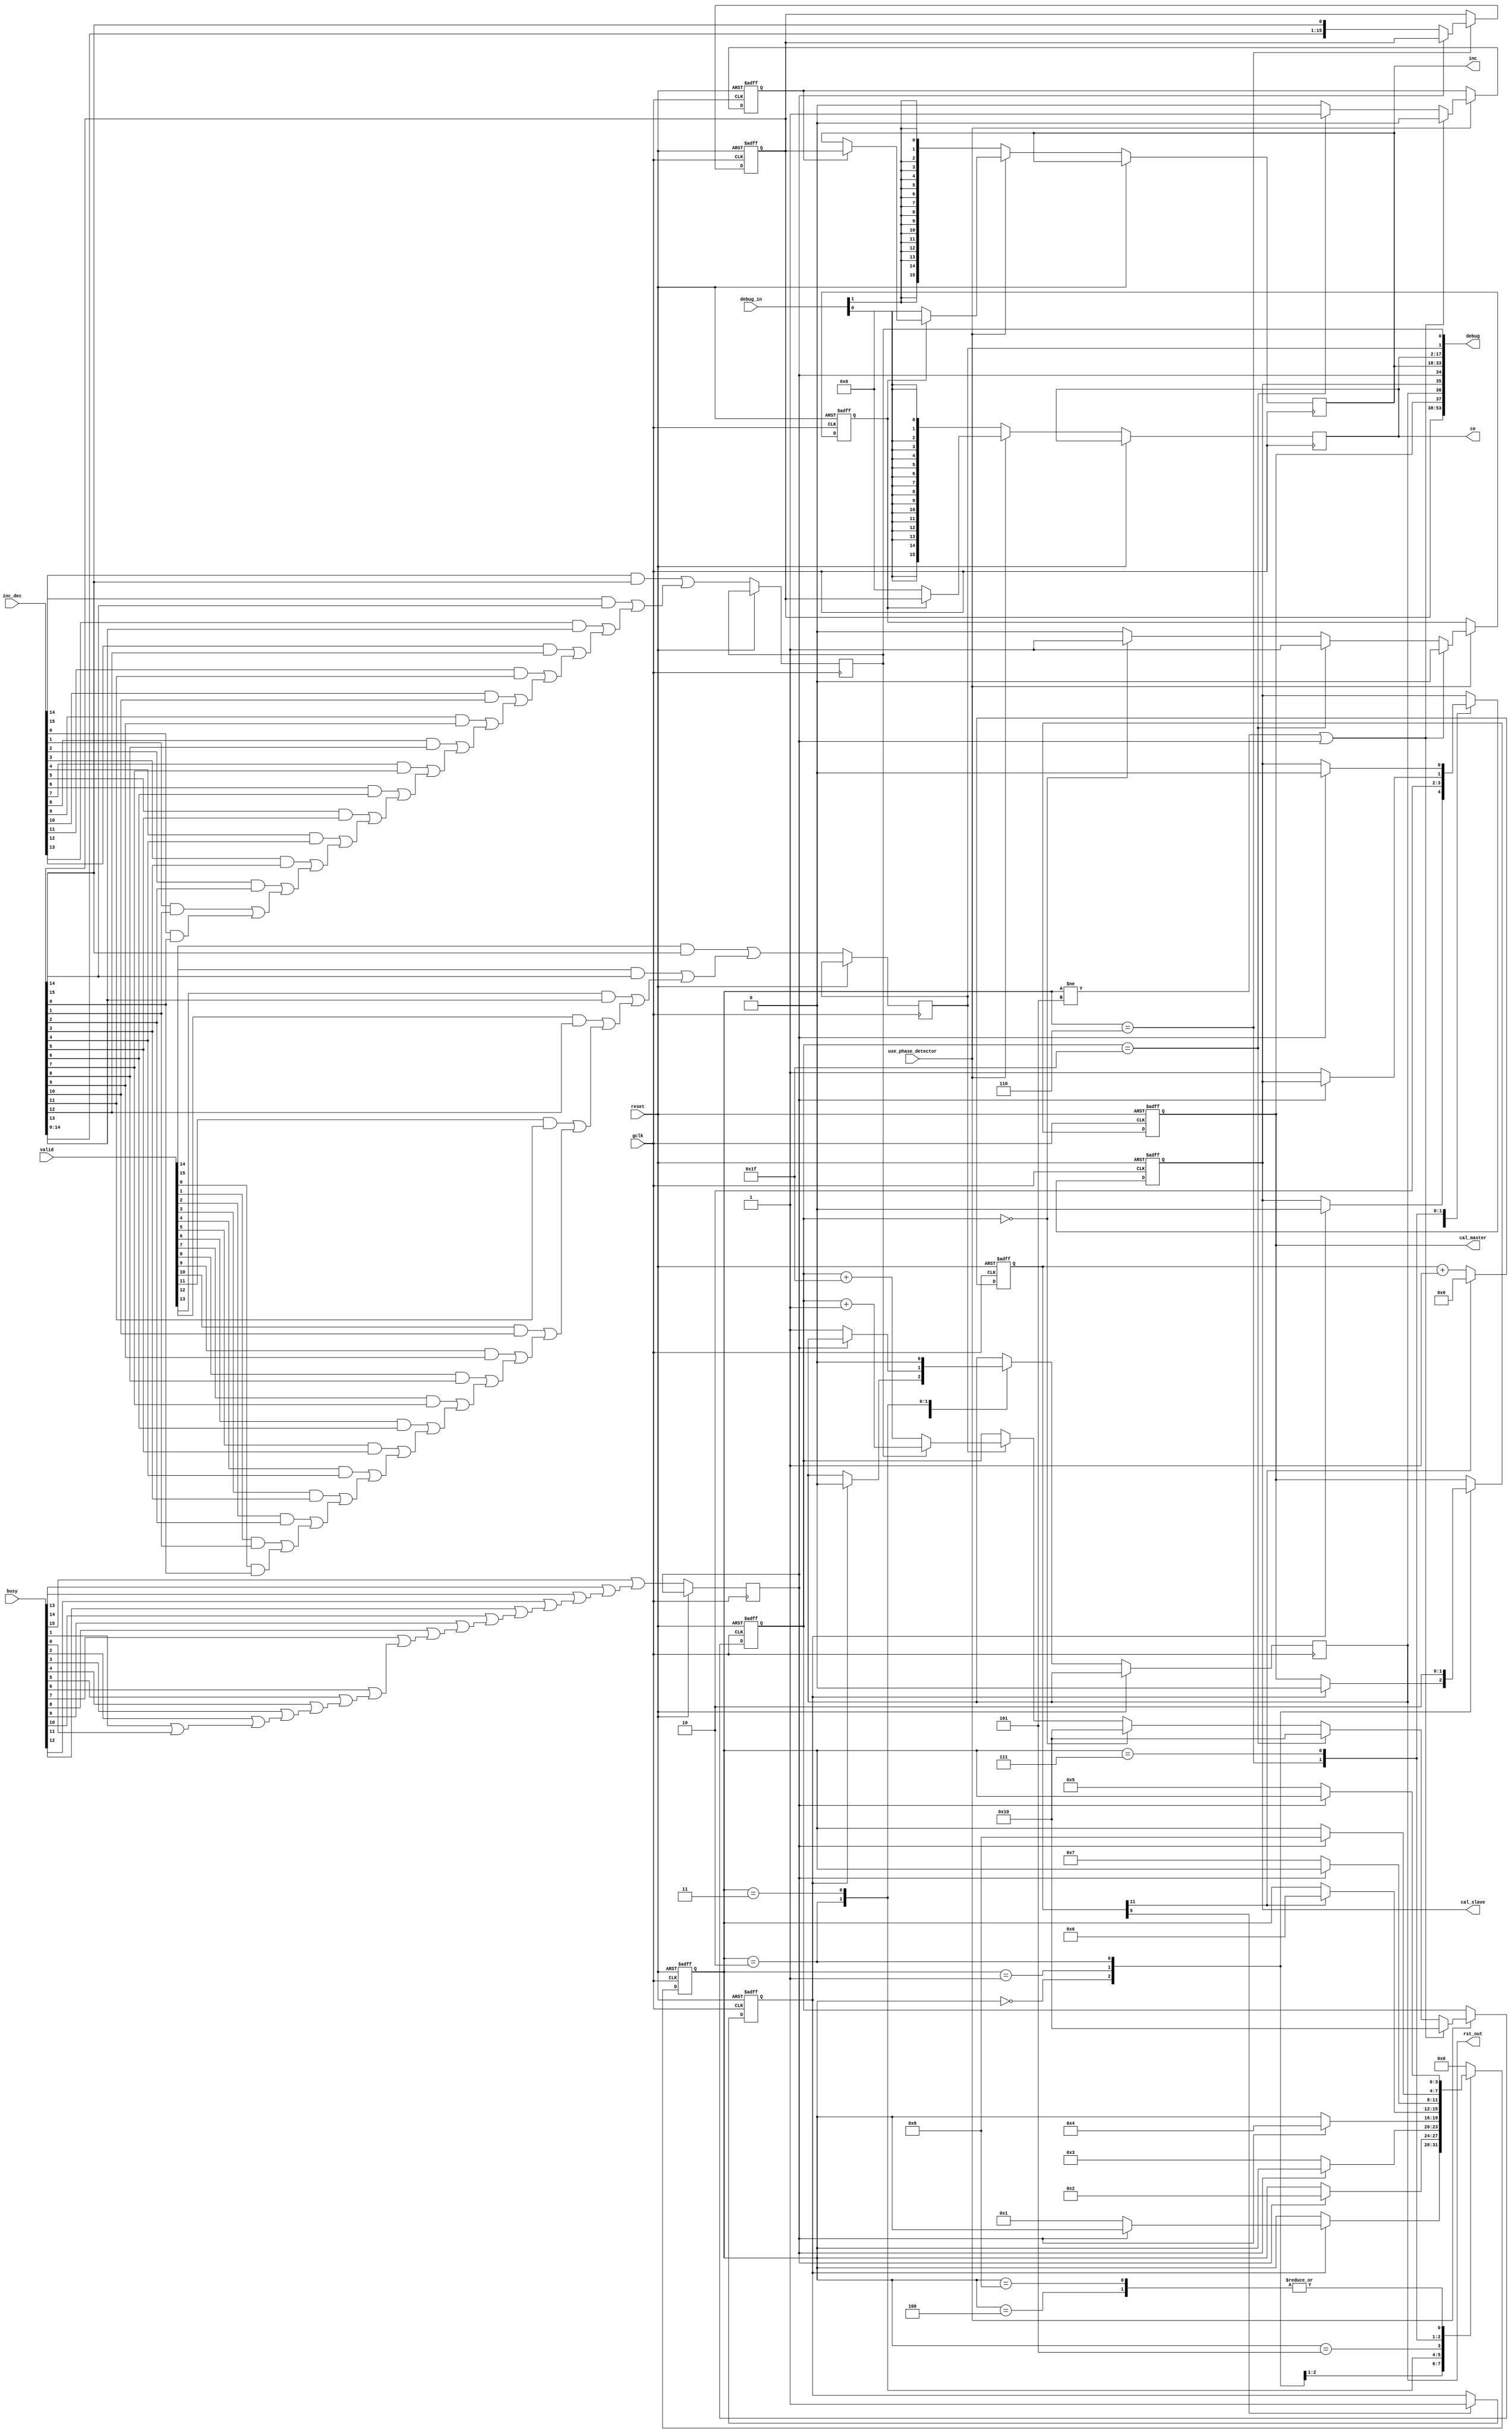
// (c) Copyright 2009 - 2011 Xilinx, Inc. All rights reserved.
// 
// This file contains confidential and proprietary information
// of Xilinx, Inc. and is protected under U.S. and
// international copyright and other intellectual property
// laws.
// 
// DISCLAIMER
// This disclaimer is not a license and does not grant any
// rights to the materials distributed herewith. Except as
// otherwise provided in a valid license issued to you by
// Xilinx, and to the maximum extent permitted by applicable
// law: (1) THESE MATERIALS ARE MADE AVAILABLE "AS IS" AND
// WITH ALL FAULTS, AND XILINX HEREBY DISCLAIMS ALL WARRANTIES
// AND CONDITIONS, EXPRESS, IMPLIED, OR STATUTORY, INCLUDING
// BUT NOT LIMITED TO WARRANTIES OF MERCHANTABILITY, NON-
// INFRINGEMENT, OR FITNESS FOR ANY PARTICULAR PURPOSE; and
// (2) Xilinx shall not be liable (whether in contract or tort,
// including negligence, or under any other theory of
// liability) for any loss or damage of any kind or nature
// related to, arising under or in connection with these
// materials, including for any direct, or any indirect,
// special, incidental, or consequential loss or damage
// (including loss of data, profits, goodwill, or any type of
// loss or damage suffered as a result of any action brought
// by a third party) even if such damage or loss was
// reasonably foreseeable or Xilinx had been advised of the
// possibility of the same.
// 
// CRITICAL APPLICATIONS
// Xilinx products are not designed or intended to be fail-
// safe, or for use in any application requiring fail-safe
// performance, such as life-support or safety devices or
// systems, Class III medical devices, nuclear facilities,
// applications related to the deployment of airbags, or any
// other applications that could lead to death, personal
// injury, or severe property or environmental damage
// (individually and collectively, "Critical
// Applications"). Customer assumes the sole risk and
// liability of any use of Xilinx products in Critical
// Applications, subject only to applicable laws and
// regulations governing limitations on product liability.
// 
// THIS COPYRIGHT NOTICE AND DISCLAIMER MUST BE RETAINED AS
// PART OF THIS FILE AT ALL TIMES.
//----------------------------------------------------------------------------
// User entered comments
//----------------------------------------------------------------------------
// None
//----------------------------------------------------------------------------

`timescale 1ps/1ps

module phase_detector (use_phase_detector, busy, valid, inc_dec, reset, gclk, debug_in, cal_master, cal_slave, rst_out, ce, inc, debug) ;


parameter integer D = 16 ;			// Set the number of inputs

input			use_phase_detector ;	// Set generation of phase detector logic
input	[D-1:0]		busy ;			// BUSY inputs from IODELAY2s
input	[D-1:0]		valid ;			// VALID inputs from ISERDES2s
input	[D-1:0]		inc_dec ;		// INC_DEC inputs from ISERDES2s
input			reset ;			// Reset line
input			gclk ;			// Global clock
input 	[1:0]		debug_in ;		// Debug Inputs, set to 2'b00 if not required
output			cal_master ;		// Output to cal pins on master IODELAY2s
output			cal_slave ;		// Output to cal pins on slave IODELAY2s
output			rst_out ;		// Output to rst pins on master & slave IODELAY2s
output	[D-1:0]		ce ;  			// Outputs to ce pins on IODELAY2s
output	[D-1:0]		inc ;  			// Outputs to inc pins on IODELAY2s
output 	[3*D+5:0] 	debug ;			// Debug bus, 3D+5 = 3 lines per input pin (from inc, mux and ce) + 6, leave nc if debug not required

reg	[3:0]		state ;
reg	[11:0]		counter ;
reg			cal_data_sint ;
reg 			busy_data_d ;
reg			enable ;
reg			cal_data_master ;
reg			rst_data ;
reg 			inc_data_int ;
reg 	[D-1:0]		ce_data ;
reg 			valid_data_d ;
reg 			incdec_data_d ;
reg	[4:0] 		pdcounter ;
reg 			flag ;
reg 	[D-1:0]		mux ;
reg			ce_data_inta ;
wire	[D:0]		incdec_data_or ;
wire	[D-1:0]		incdec_data_im ;
wire	[D:0]		valid_data_or ;
wire	[D-1:0]		valid_data_im ;
wire	[D:0]		busy_data_or ;
wire	[D-1:0]		all_ce ;
wire	[D-1:0]		all_inc ;
reg 	[D-1:0]		inc_data_int_d ;

genvar i ;

assign debug = {mux, cal_data_master, rst_data, cal_data_sint, busy_data_d, inc_data_int_d, ce_data, valid_data_d, incdec_data_d};
assign cal_slave = cal_data_sint ;
assign cal_master = cal_data_master ;
assign rst_out = rst_data ;
assign ce = ce_data ;
assign inc = inc_data_int_d ;

always @ (posedge gclk or posedge reset)
begin
if (reset == 1'b1) begin
	state <= 0 ;
	cal_data_master <= 1'b0 ;
	cal_data_sint <= 1'b0 ;
	counter <= 12'h000 ;
	enable <= 1'b0 ;
	mux <= 16'h0001 ;
end
else begin
   	if (counter[11] == 1'b1) begin
		counter <= 12'h000 ;
   	end
   	else begin
   		counter <= counter + 12'h001 ;
   	end
   	if (counter[5] == 1'b1) begin
		enable <= 1'b1 ;
   	end
  	case (state)
  	4'h0 : 	begin 
  		if (enable == 1'b1) begin				// Wait for IODELAY to be available
			cal_data_master <= 1'b0 ;
			cal_data_sint <= 1'b0 ;
			rst_data <= 1'b0 ;
   			if (busy_data_d == 1'b0) begin
				state <= 1 ;
			end
   		end
   		end
   	4'h1: 	begin							// Issue calibrate command to both master and slave, needed for simulation, not for the silicon
   		cal_data_master <= 1'b1 ;
   		cal_data_sint <= 1'b1 ;
   		if (busy_data_d == 1'b1) begin				// and wait for command to be accepted
   			state <= 2 ;
   		end
   		end
   	4'h2 : 	begin							// Now RST master and slave IODELAYs needed for simulation, not for the silicon
   		cal_data_master <= 1'b0 ;
   		cal_data_sint <= 1'b0 ;
   		if (busy_data_d == 1'b0) begin
   			rst_data <= 1'b1 ;
   			state <= 3 ;
   		end
   		end
   	4'h3 : 	begin							// Wait for IODELAY to be busy
   		rst_data <= 1'b0 ;
   		if (busy_data_d == 1'b1) begin
   			state <= 4 ;
   		end
   		end
   	4'h4 : 	begin							// Wait for IODELAY to be available
   		if (busy_data_d == 1'b0) begin
   			state <= 5 ;
   		end
   		end
   	4'h5 : 	begin							// Wait for occasional enable
   		if (counter[11] == 1'b1) begin
  		 	state <= 6 ;
   		end
    		end
    	4'h6 : 	begin							// Calibrate slave only
   		if (busy_data_d == 1'b0) begin
   			cal_data_sint <= 1'b1 ;
   			state <= 7 ;
   			if (D != 1) begin
   				mux <= {mux[D-2:0], mux[D-1]} ;
   			end
   		end
   		end
    	4'h7 : 	begin							// Wait for command to be accepted
   		if (busy_data_d == 1'b1) begin
   			cal_data_sint <= 1'b0 ;
   			state <= 8 ;
   		end
   		end
   	4'h8 : begin							// Wait for all IODELAYs to be available, ie CAL command finished
  		if (busy_data_d == 1'b0) begin
   			state <= 5 ;
   		end
   		end
   	default : begin state <= 0 ; end
   	endcase
end
end

always @ (posedge gclk or posedge reset)				// Per-bit phase detection state machine
begin
if (reset == 1'b1) begin
	pdcounter <= 5'b10000 ;
	ce_data_inta <= 1'b0 ;
	inc_data_int <= 1'b0 ;
end
else begin
	busy_data_d <= busy_data_or[D] ;
	incdec_data_d <= incdec_data_or[D] ;
	valid_data_d <= valid_data_or[D] ;
   	if (use_phase_detector == 1'b1) begin				// decide whther pd is used
		if (ce_data_inta == 1'b1) begin
			ce_data = mux ;
			if (inc_data_int == 1'b1) begin
//				inc_data_int_d <= mux ;
				inc_data_int_d = mux ;
			end
		end
		else begin
			ce_data = 64'h0000000000000000 ;
			inc_data_int_d = 64'h0000000000000000 ;
		end
   		if (state != 5 || busy_data_d == 1'b1) begin		// Reset filter if state machine issues a cal command or unit is busy
			pdcounter <= 5'b10000 ;
   			ce_data_inta <= 1'b0 ;
   			inc_data_int <= 1'b0 ;
   		end
   		else if (pdcounter == 5'b11111) begin			// Filter has reached positive max - increment the tap count
   			ce_data_inta <= 1'b1 ;
   			inc_data_int <= 1'b1 ;
 			pdcounter <= 5'b10000 ;
 		end
    		else if (pdcounter == 5'b00000) begin			// Filter has reached negative max - decrement the tap count
   			ce_data_inta <= 1'b1 ;
   			inc_data_int <= 1'b0 ;
 			pdcounter <= 5'b10000 ;
   		end
		else if (valid_data_d == 1'b1) begin			// increment filter
   			ce_data_inta <= 1'b0 ;
   			inc_data_int <= 1'b0 ;
			if (incdec_data_d == 1'b1) begin
				pdcounter <= pdcounter + 5'b00001 ;
			end
			else if (incdec_data_d == 1'b0) begin		// decrement filter
				pdcounter <= pdcounter + 5'b11111 ;
			end
   		end
   		else begin
   			ce_data_inta <= 1'b0 ;
   			inc_data_int <= 1'b0 ;
   		end
   	end
   	else begin
		ce_data = all_ce ;
		inc_data_int_d = all_inc ;
   	end
end
end

assign incdec_data_or[0] = 1'b0 ;					// Input Mux - Initialise generate loop OR gates
assign valid_data_or[0] = 1'b0 ;
assign busy_data_or[0] = 1'b0 ;

generate
for (i = 0 ; i <= (D-1) ; i = i+1)
begin : loop0

assign incdec_data_im[i] = inc_dec[i] & mux[i] ;			// Input muxes
assign incdec_data_or[i+1] = incdec_data_im[i] | incdec_data_or[i] ;	// AND gates to allow just one signal through at a tome
assign valid_data_im[i] = valid[i] & mux[i] ;				// followed by an OR
assign valid_data_or[i+1] = valid_data_im[i] | valid_data_or[i] ;	// for the three inputs from each PD
assign busy_data_or[i+1] = busy[i] | busy_data_or[i] ;			// The busy signals just need an OR gate

assign all_ce[i] = debug_in[0] ;
assign all_inc[i] = debug_in[1] ;

end
endgenerate

endmodule